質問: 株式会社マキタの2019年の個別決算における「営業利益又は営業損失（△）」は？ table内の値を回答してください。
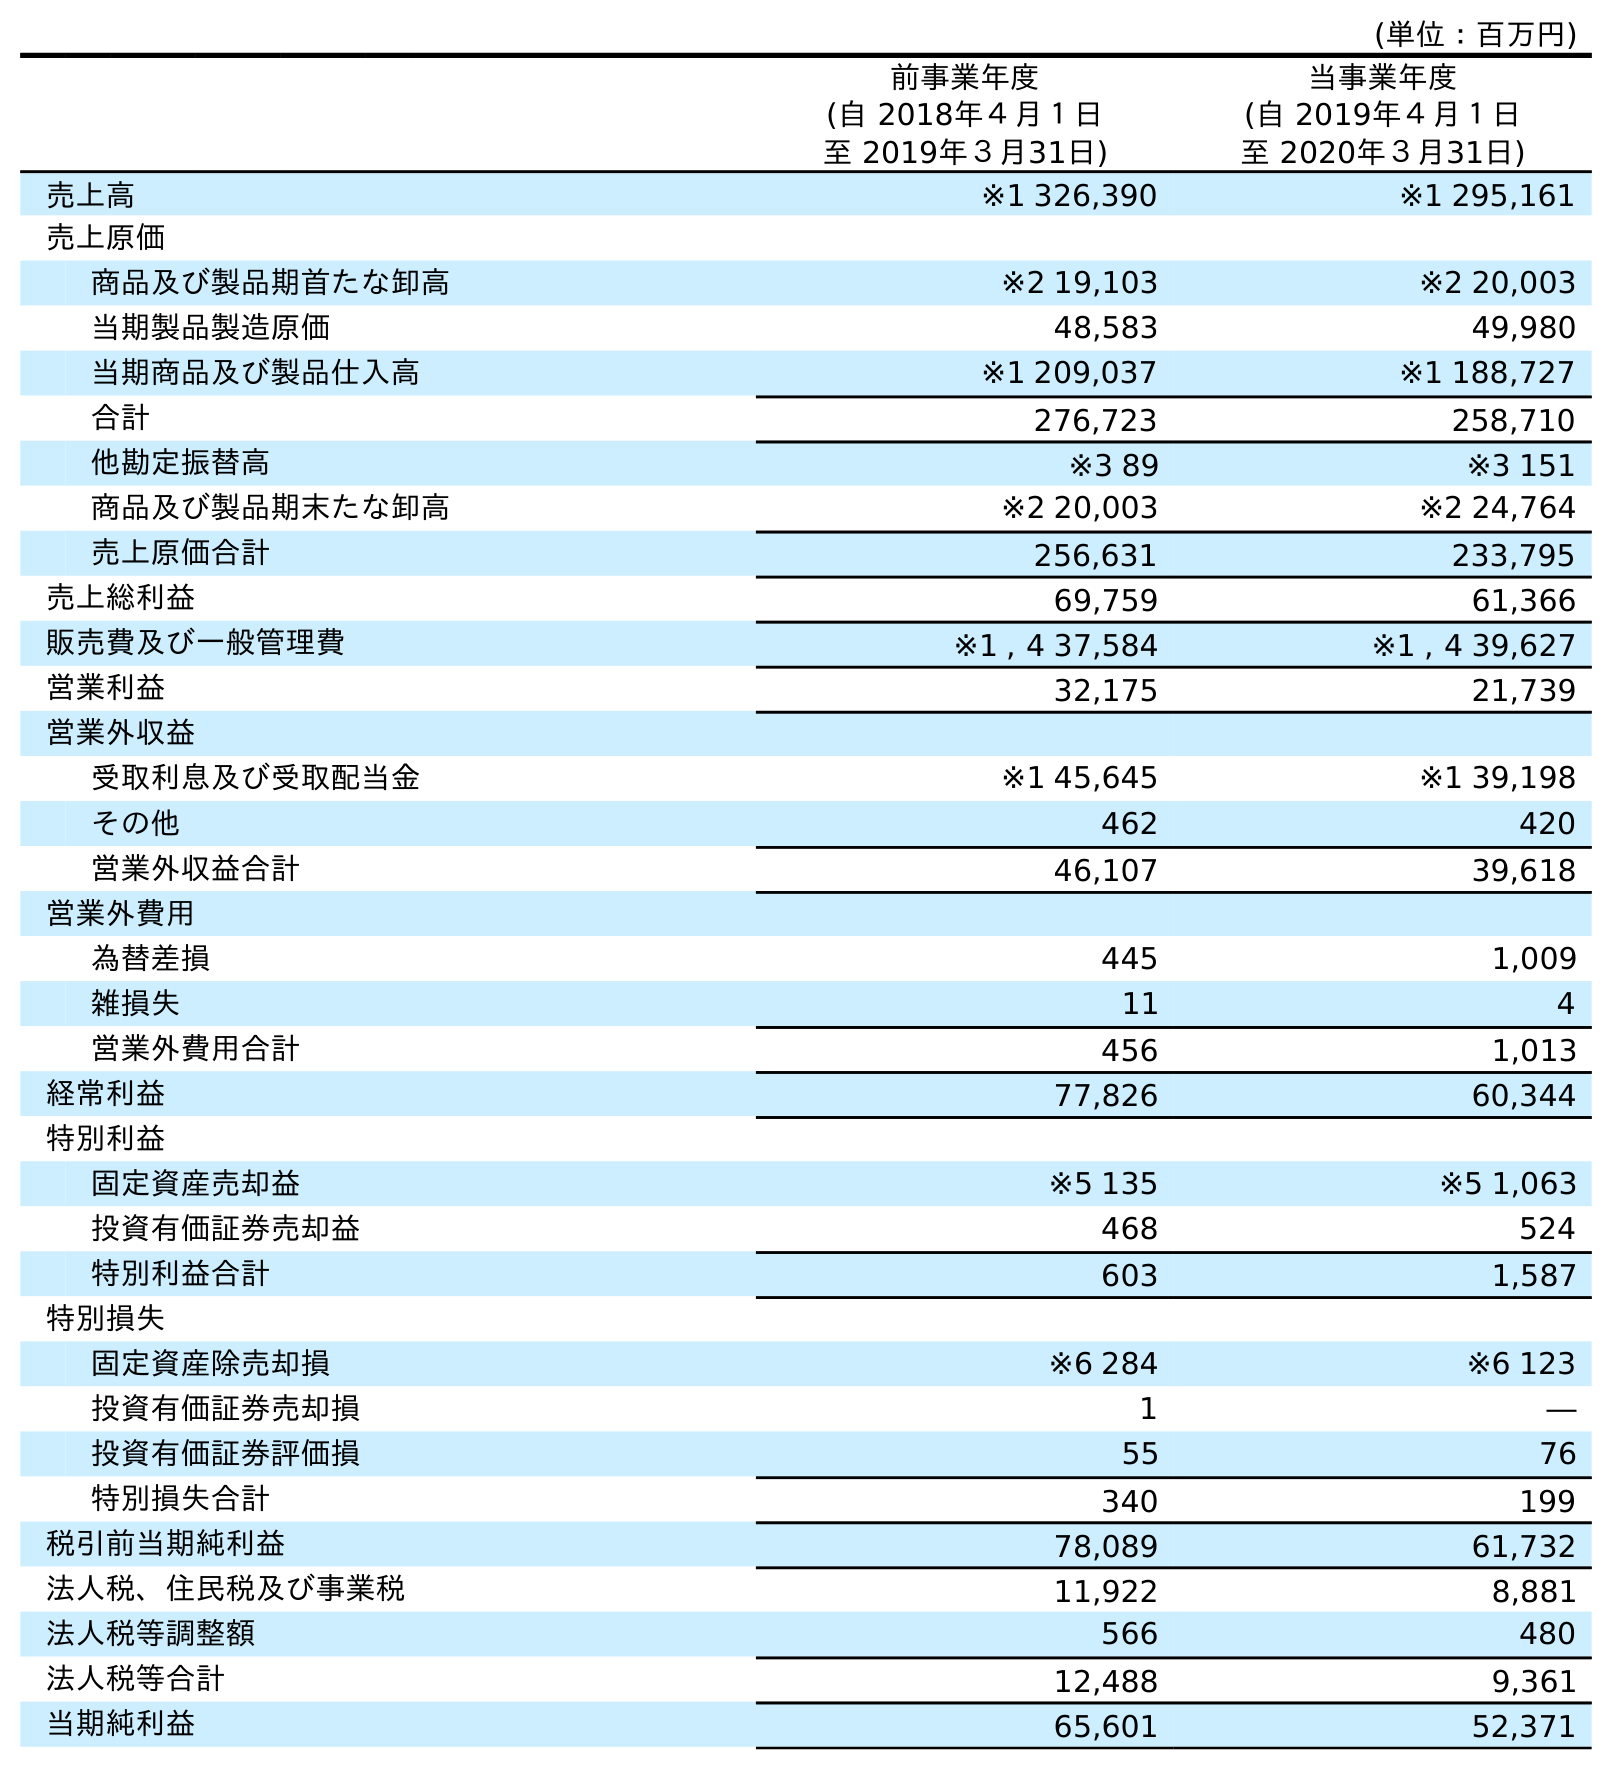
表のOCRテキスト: (単位：百万円) 前事業年度 (自 2018年４月１日 至 2019年３月31日) 当事業年度 (自 2019年４月１日 至 2020年３月31日) 売上高 ※1 326,390 ※1 295,161 売上原価 商品及び製品期首たな卸高 ※2 19,103 ※2 20,003 当期製品製造原価 48,583 49,980 当期商品及び製品仕入高 ※1 209,037 ※1 188,727 合計 276,723 258,710 他勘定振替高 ※3 89 ※3 151 商品及び製品期末たな卸高 ※2 20,003 ※2 24,764 売上原価合計 256,631 233,795 売上総利益 69,759 61,366 販売費及び一般管理費 ※1 , 4 37,584 ※1 , 4 39,627 営業利益 32,175 21,739 営業外収益 受取利息及び受取配当金 ※1 45,645 ※1 39,198 その他 462 420 営業外収益合計 46,107 39,618 営業外費用 為替差損 445 1,009 雑損失 11 4 営業外費用合計 456 1,013 経常利益 77,826 60,344 特別利益 固定資産売却益 ※5 135 ※5 1,063 投資有価証券売却益 468 524 特別利益合計 603 1,587 特別損失 固定資産除売却損 ※6 284 ※6 123 投資有価証券売却損 1 ― 投資有価証券評価損 55 76 特別損失合計 340 199 税引前当期純利益 78,089 61,732 法人税、住民税及び事業税 11,922 8,881 法人税等調整額 566 480 法人税等合計 12,488 9,361 当期純利益 65,601 52,371
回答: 32,175